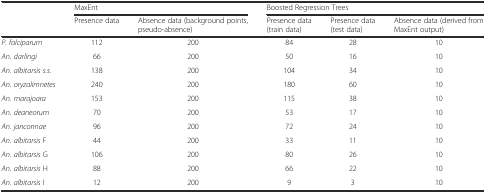
<table><thead><tr><td></td><td colspan="2"><b>MaxEnt</b></td><td colspan="3"><b>Boosted Regression Trees</b></td></tr><tr><td></td><td><b>Presence data</b></td><td><b>Absence data (background points, pseudo-absence)</b></td><td><b>Presence data (train data)</b></td><td><b>Presence data (test data)</b></td><td><b>Absence data (derived from MaxEnt output)</b></td></tr></thead><tbody><tr><td><i>P. falciparum</i></td><td>112</td><td>200</td><td>84</td><td>28</td><td>10</td></tr><tr><td><i>An. darlingi</i></td><td>66</td><td>200</td><td>50</td><td>16</td><td>10</td></tr><tr><td><i>An. albitarsis s.s.</i></td><td>138</td><td>200</td><td>104</td><td>34</td><td>10</td></tr><tr><td><i>An. oryzalimnetes</i></td><td>240</td><td>200</td><td>180</td><td>60</td><td>10</td></tr><tr><td><i>An. marajoara</i></td><td>153</td><td>200</td><td>115</td><td>38</td><td>10</td></tr><tr><td><i>An. deaneorum</i></td><td>70</td><td>200</td><td>53</td><td>17</td><td>10</td></tr><tr><td><i>An. janconnae</i></td><td>96</td><td>200</td><td>72</td><td>24</td><td>10</td></tr><tr><td><i>An. albitarsis </i>F</td><td>44</td><td>200</td><td>33</td><td>11</td><td>10</td></tr><tr><td><i>An. albitarsis </i>G</td><td>106</td><td>200</td><td>80</td><td>26</td><td>10</td></tr><tr><td><i>An. albitarsis </i>H</td><td>88</td><td>200</td><td>66</td><td>22</td><td>10</td></tr><tr><td><i>An. albitarsis </i>I</td><td>12</td><td>200</td><td>9</td><td>3</td><td>10</td></tr></tbody></table>